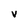
Character: v